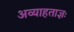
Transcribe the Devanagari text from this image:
अव्याहताज्ञः